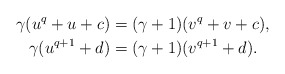
\begin{align*} \gamma (u^q + u + c) &= (\gamma+1) (v^q + v + c),\\ \gamma (u^{q+1} + d) &= (\gamma+1) (v^{q+1} + d).\end{align*}